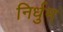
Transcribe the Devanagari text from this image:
निर्धुम